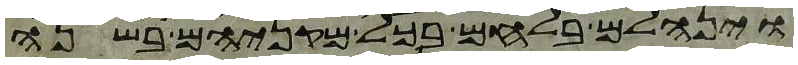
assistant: וינחלם בלחם בכל מקניהם בשנה